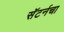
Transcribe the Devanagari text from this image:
सॅटर्नचा